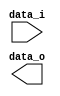
module Shift_Left_Two_32(
    data_i,
    data_o
    );

//I/O ports
input [32-1:0] data_i;
output [32-1:0] data_o;

//shift left 2

endmodule